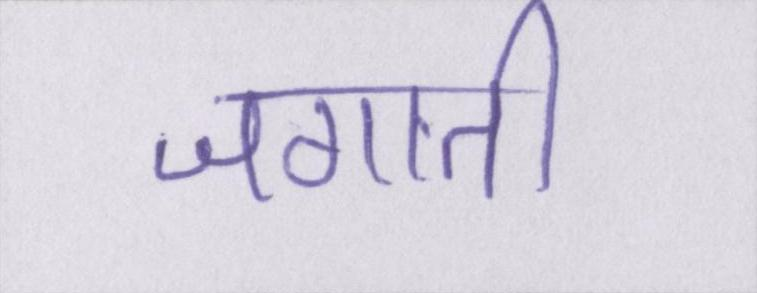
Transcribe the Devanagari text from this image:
जगाती